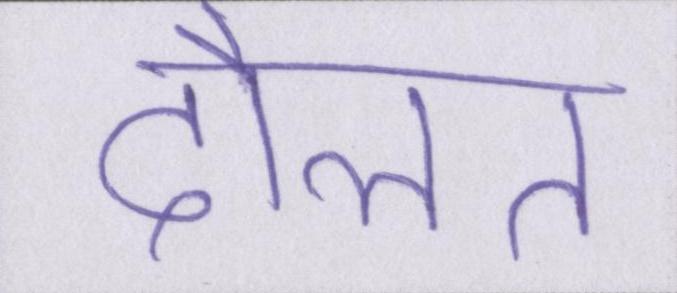
दौलत